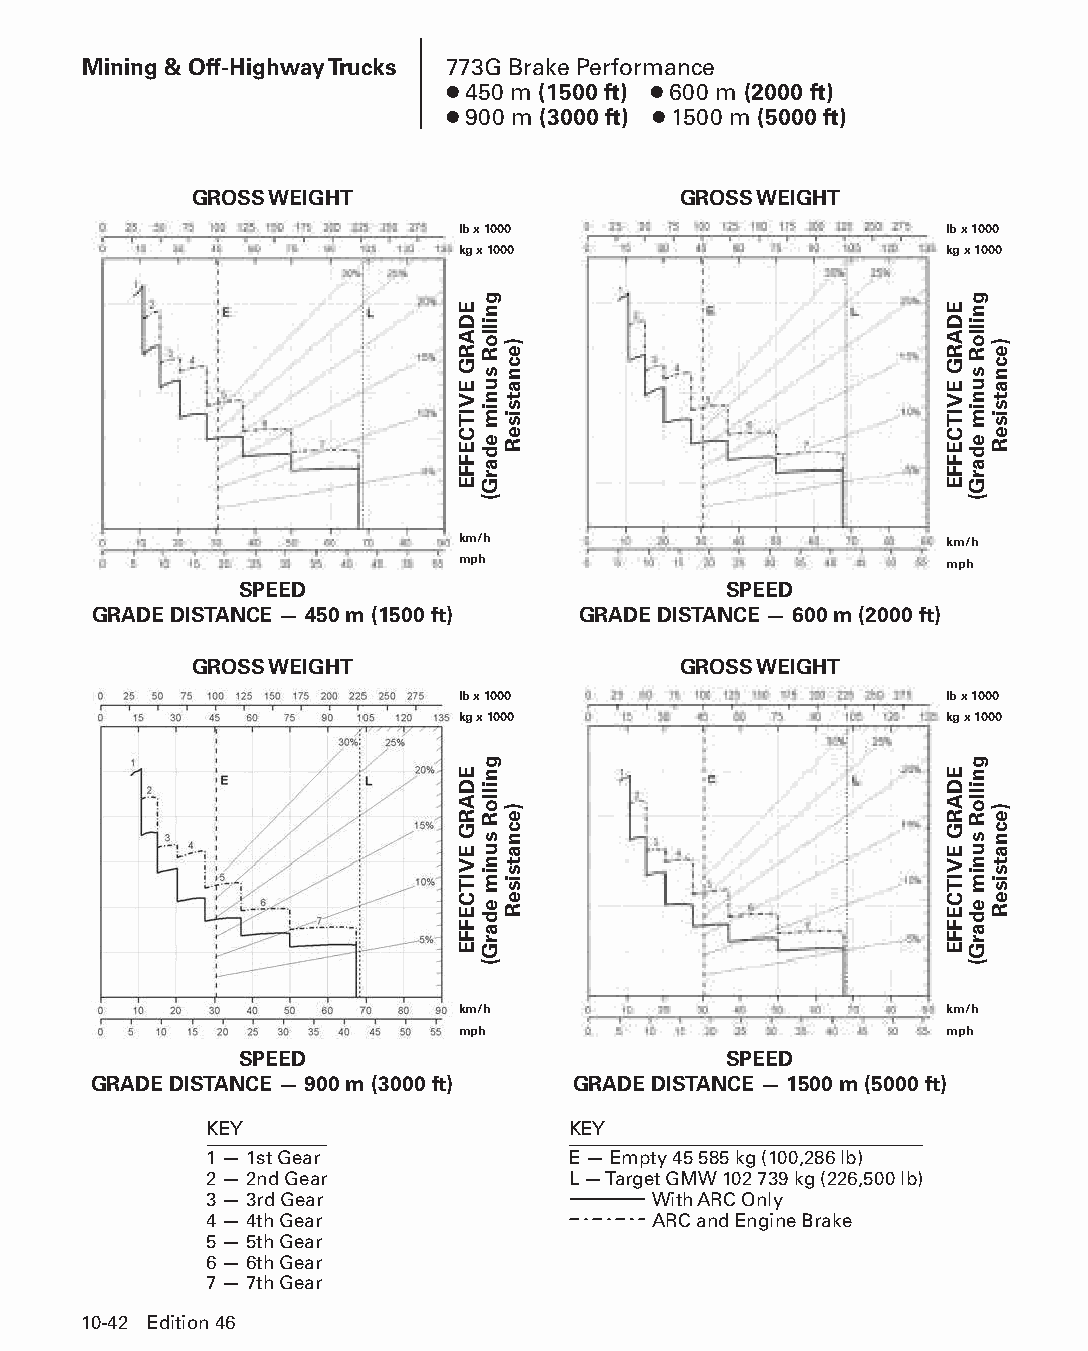
Mining & Off-Highway Trucks 773G Brake Performance
 ● 450 m (1500 ft) ● 600 m (2000 ft)
 ● 900 m (3000 ft) ● 1500 m (5000 ft)
 GROSS WEIGHT                    GROSS WEIGHT
 lb x 1000                       lb x 1000
 kg x 1000                       kg x 1000
 km/h                            km/h
 mph                             mph
 SPEED                           SPEED
 GRADE DISTANCE — 450 m (1500 ft) GRADE DISTANCE — 600 m (2000 ft)
 GROSS WEIGHT                    GROSS WEIGHT
 lb x 1000                       lb x 1000
 kg x 1000                       kg x 1000
 km/h                            km/h
 mph                             mph
 SPEED                           SPEED
 GRADE DISTANCE — 900 m (3000 ft) GRADE DISTANCE — 1500 m (5000 ft)
 KEY                     KEY
 1 — 1st Gear            E — Empty 45 585 kg (100,286 lb)
 2 — 2nd Gear            L — Target GMW 102 739 kg (226,500 lb)
 3 — 3rd Gear                 With ARC Only
 4 — 4th Gear                  ARC and Engine Brake
 5 — 5th Gear
 6 — 6th Gear
 7 — 7th Gear
 10-42 Edition 46
 PPHHBB--SSeecc1100((ppgg0011--5522))..iinndddd 4422            1122//44//1155 1100::4444 AAMM
 EDARG
 EVITCEFFE
 EDARG
 EVITCEFFE
 gnilloR
 sunim
 edarG(
 gnilloR
 sunim
 edarG(
 )ecnatsiseR
 )ecnatsiseR
 EDARG
 EVITCEFFE
 EDARG
 EVITCEFFE
 gnilloR
 sunim
 edarG(
 gnilloR
 sunim
 edarG(
 )ecnatsiseR
 )ecnatsiseR